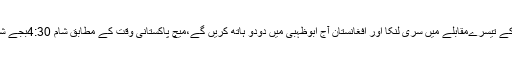
ایشیا کپ کے تیسرےمقابلے میں سری لنکا اور افغانستان آج ابوظہبی میں دودو ہاتھ کریں گے،میچ پاکستانی وقت کے مطابق شام 4:30بجے شروع ہوگا۔